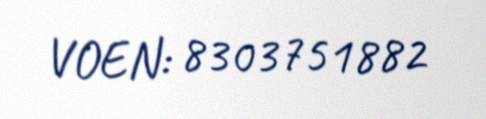
VOEN: 8303751882